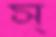
স্